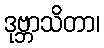
ဒုဗ္ဘာသိတာ၊